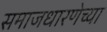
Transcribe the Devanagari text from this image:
समाजधारणेच्या